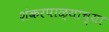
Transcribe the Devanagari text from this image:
शंकरपाळ्याच्या